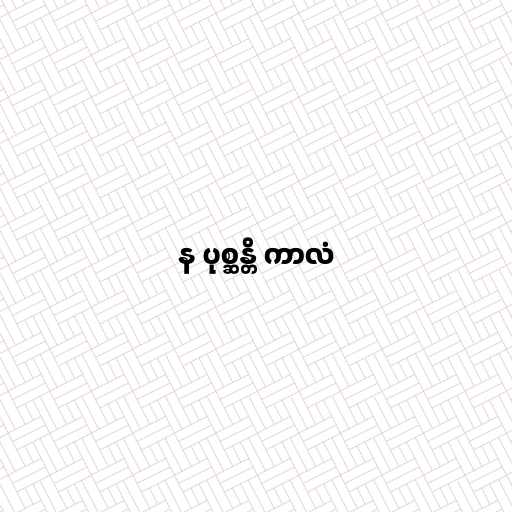
န ပုစ္ဆန္တိ ကာလံ